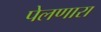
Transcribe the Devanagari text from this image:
पेलणारा